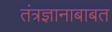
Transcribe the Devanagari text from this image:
तंत्रज्ञानाबाबत